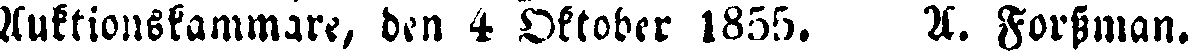
Auktionskammare, den 4 Oktober 1855. A. Forssman.